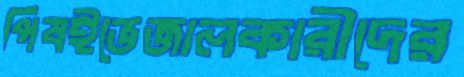
পিষইভেজালকারীদের